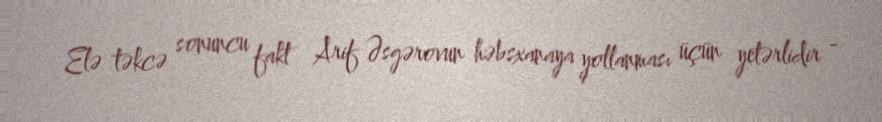
Elə təkcə sonuncu fakt Arif Əsgərovun həbsxanaya yollanması üçün yetərlidir -